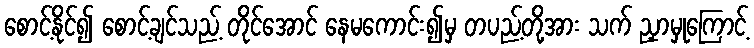
စောင့်နိုင်၍ စောင့်ချင်သည့် တိုင်အောင် နေမကောင်း၍မှ တပည့်တို့အား သက် ညှာမှုကြောင့်